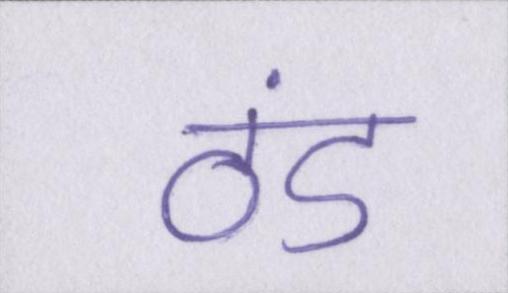
ठंड